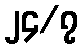
၂၄/၇